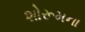
શોરૂમના